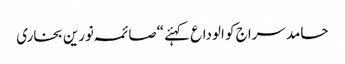
حامد سراج کو الوداع کہئے “صائمہ نورین بخاری